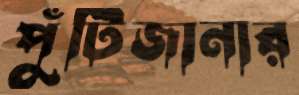
পুঁটিজানার